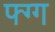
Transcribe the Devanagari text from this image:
फ्ग्ग